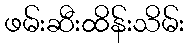
ဖမ်းဆီးထိန်းသိမ်း